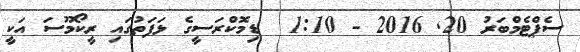
ސެޕްޓެމްބަރު 20